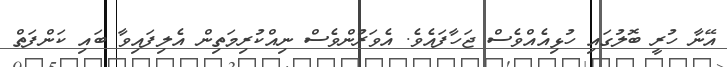
އޭނާ ހުރީ ބޮލުގައި ހުޅިއެއްވެސް ޖަހާފައެވެ. އެވަރުންވެސް ނިއްކުރިމަތިން އެލިފައިވާ ބައި ކަންފަތް